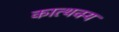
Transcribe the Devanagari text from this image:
कात्थक्य